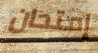
إمتحان